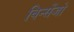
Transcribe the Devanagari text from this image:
विन्सेंजो